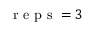
\textrm { r e p s } = 3